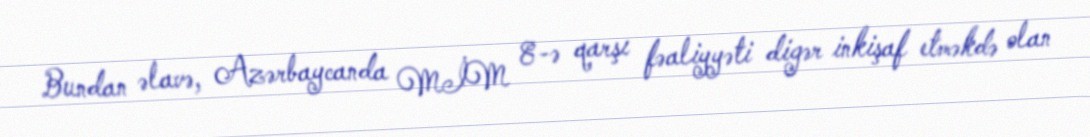
Bundan əlavə, Azərbaycanda MİM 8-ə qarşı fəaliyyəti digər inkişaf etməkdə olan